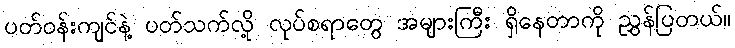
ပတ်ဝန်းကျင်နဲ့ ပတ်သက်လို့ လုပ်စရာတွေ အများကြီး ရှိနေတာကို ညွှန်ပြတယ်။